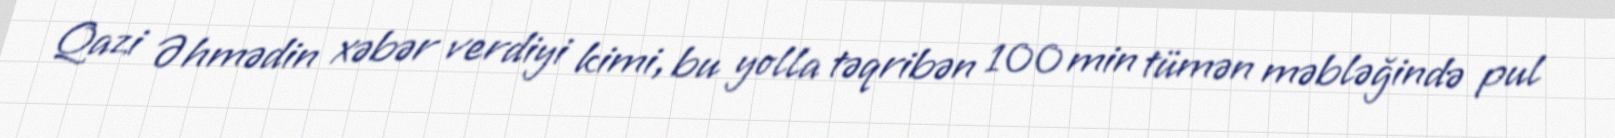
Qazi Əhmədin xəbər verdiyi kimi, bu yolla təqribən 100 min tümən məbləğində pul